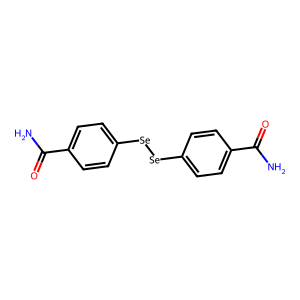
SMILES: NC(=O)c1ccc([Se][Se]c2ccc(C(N)=O)cc2)cc1
Inhibits HIV replication: No